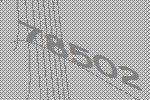
78502